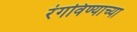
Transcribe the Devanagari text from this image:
रंगविण्याच्या